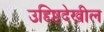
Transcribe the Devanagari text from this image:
उद्दिष्टदेखील